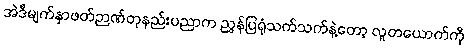
အဲဒီမျက်နှာဖတ်ဉာဏ်တုနည်းပညာက ညွှန်ပြရုံသက်သက်နဲ့တော့ လူတယောက်ကို